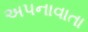
અપનાવાતા